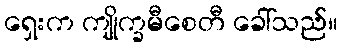
ရှေးက ကျိုက္ခမီစေတီ ခေါ်သည်။